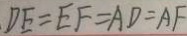
D E = E F = A D = A F